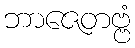
ဘာဇေတဗ္ဗံ